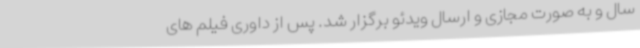
سال و به صورت مجازی و ارسال ویدئو برگزار شد. پس از داوری فیلم های